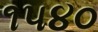
૧૫૪૦